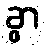
ခွာ